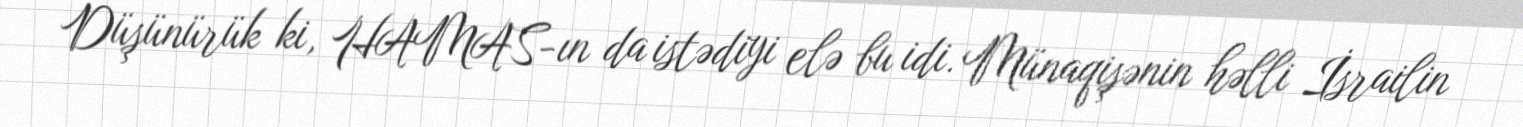
Düşünürük ki, HAMAS-ın da istədiyi elə bu idi. Münaqişənin həlli İsrailin